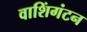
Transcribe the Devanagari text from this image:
वाशिंगंटन